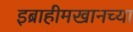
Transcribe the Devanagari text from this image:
इब्राहीमखानच्या